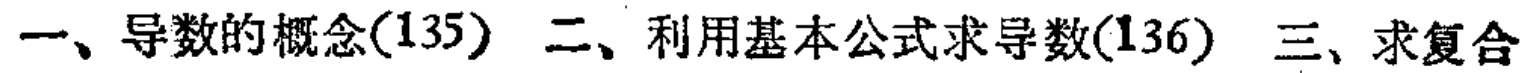
一、导数的概念(135) 二、利用基本公式求导数(136) 三、求复合